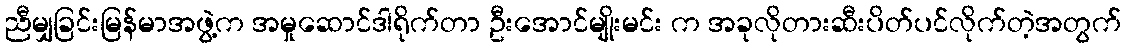
ညီမျှခြင်းမြန်မာအဖွဲ့က အမှုဆောင်ဒါရိုက်တာ ဦးအောင်မျိုးမင်း က အခုလိုတားဆီးပိတ်ပင်လိုက်တဲ့အတွက်